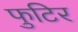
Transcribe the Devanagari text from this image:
फुटिर